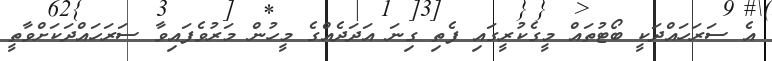
އެ ސަރަހައްދަކީ ބޯޓުތައް މީގެކުރީގައި ފެތި ގިނަ އަދަދެއްގެ މީހުން މަރުވެފައިވާ ސަރަހައްދަކަށްވާތީ